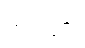
တင်ပြ၍